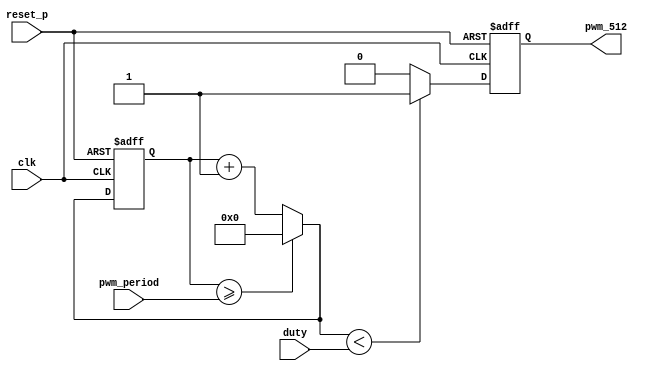
`timescale 1ns / 1ps
//////////////////////////////////////////////////////////////////////////////////
// Company: 
// Engineer: 
// 
// Design Name: 
// Module Name: controler
// Project Name: 
// Target Devices: 
// Tool Versions: 
// Description: 
// 
// Dependencies: 
// 
// Revision:
// Revision 0.01 - File Created
// Additional Comments:
// 
//////////////////////////////////////////////////////////////////////////////////

module pwm512_period(
    input clk, reset_p,
    input [20:0] duty,
    input [20:0] pwm_period,
    output reg pwm_512
);  
    parameter sys_clk_freq = 100_000_000;    //cora | basys 100_000_000
    reg [20:0] cnt_duty;

    always @(posedge clk or posedge reset_p)begin
        if(reset_p)begin
            cnt_duty = 0;
            pwm_512 = 0;
        end
        else begin
            if(cnt_duty >= pwm_period)cnt_duty = 0;
            else cnt_duty = cnt_duty + 1;

            if(cnt_duty < duty)pwm_512 = 1;
            else pwm_512 = 0;
        end
    end
endmodule